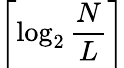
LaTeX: \left\lceil\log_{2}\frac{N}{L}\right\rceil